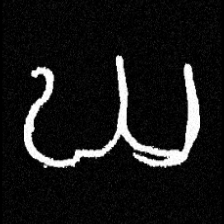
Pyu character \u2014 Myanmar letter: ဃ (romanized: gha)